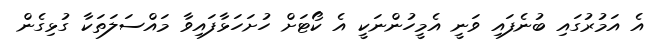
އެ އަމުރުގައި ބުނެފައި ވަނީ އެމީހުންނަކީ އެ ކޯޓަށް ހުށަހަޅާފައިވާ މައްސަލަތަކާ ގުޅިގެން